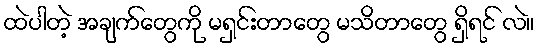
ထဲပါတဲ့ အချက်တွေကို မရှင်းတာတွေ မသိတာတွေ ရှိရင် လဲ။